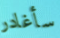
سأغادر